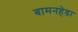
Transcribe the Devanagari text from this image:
बामनहेडा